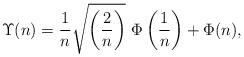
LaTeX: \begin{align*}\Upsilon(n)=\frac{1}{n}\sqrt{\left(\frac{2}{n}\right)}~\Phi\left(\frac{1}{n}\right)+\Phi(n),\end{align*}